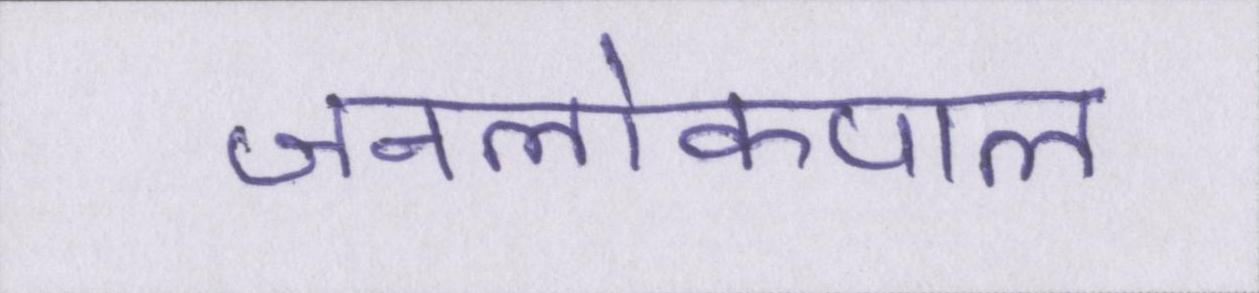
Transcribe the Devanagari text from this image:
जनलोकपाल